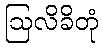
ဩလိခိတုံ